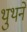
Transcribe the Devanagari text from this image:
थुथने